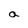
Character: a